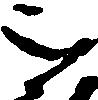
被